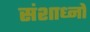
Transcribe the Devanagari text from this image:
संशाध्नो